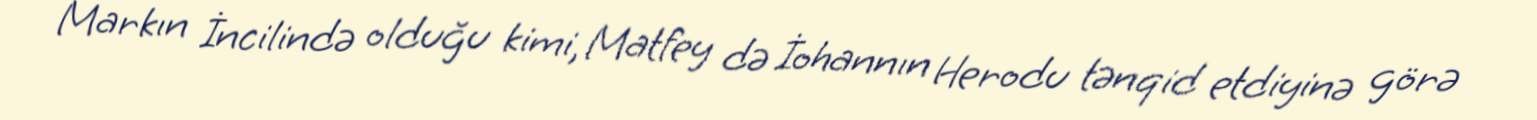
Markın İncilində olduğu kimi, Matfey də İohannın Herodu tənqid etdiyinə görə